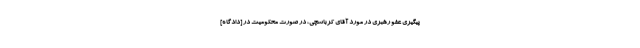
پیگیرى عفو رهبرى در مورد آقاى ‌كرباسچى، در صورت محكومیت در [دادگاه]